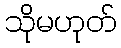
သိုမဟုတ်